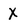
Character: X